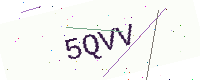
Text: 5QVV